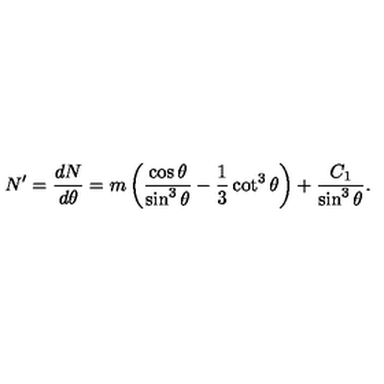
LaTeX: N ^ { \prime } = \frac { d N } { d \theta } = m \left( \frac { \cos \theta } { \sin ^ { 3 } \theta } - \frac 1 3 \cot ^ { 3 } \theta \right) + \frac { C _ { 1 } } { \sin ^ { 3 } \theta } .